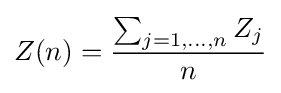
Z(n)={\frac {\sum _{j=1,\ldots ,n}Z_{j}}{n}}